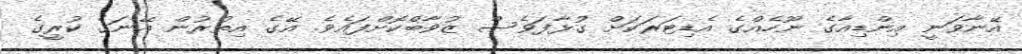
އޭނާވަނީ އިންޑިއާގެ ނޫހެއްގެ އެޑިޓަރަކަށް ގުޅާފަވެސް ޒުވާބްކޮށްފައެވެ. އޭގެ އިތުރުން އޭނަގެ ކުރީގެ